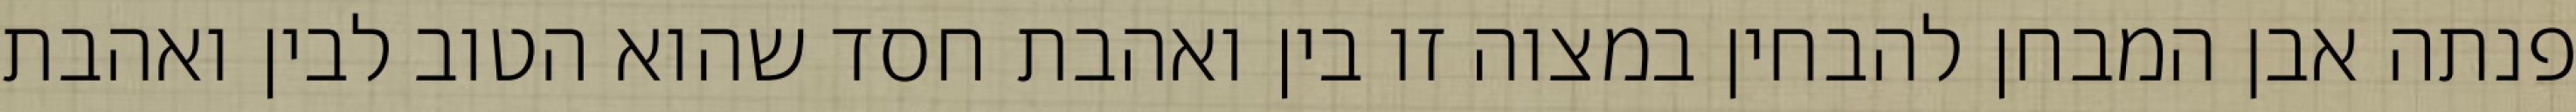
פנתה אבן המבחן להבחין במצוה זו בין ואהבת חסד שהוא הטוב לבין ואהבת